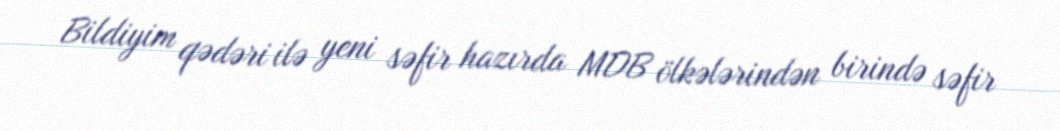
Bildiyim qədəri ilə yeni səfir hazırda MDB ölkələrindən birində səfir